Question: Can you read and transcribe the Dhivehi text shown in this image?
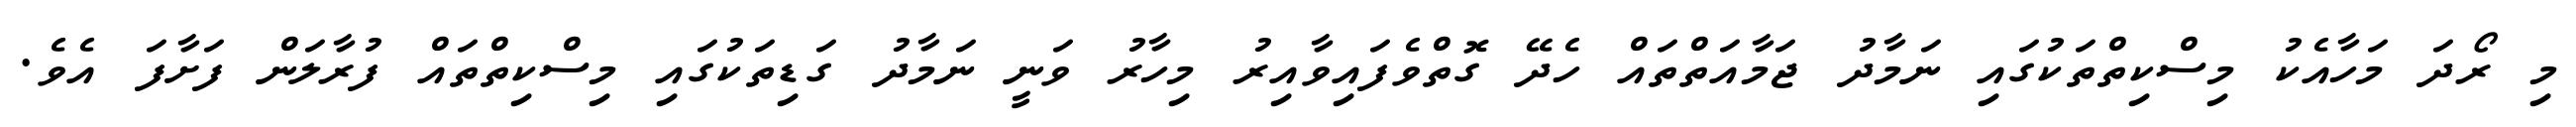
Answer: މި ރޯދަ މަހާއެކު މިސްކިތްތަކުގައި ނަމާދު ޖަމާއަތްތައް ހެދޭ ގޮތްވެފައިވާއިރު މިހާރު ވަނީ ނަމާދު ގަޑިތަކުގައި މިސްކިތްތައް ފުރާލަން ފަށާފަ އެވެ.